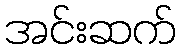
အင်းဆက်